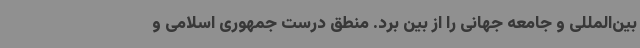
بین‌المللی و جامعه جهانی را از بین برد. منطق درست جمهوری اسلامی و